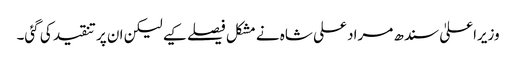
وزیراعلیٰ سندھ مراد علی شاہ نے مشکل فیصلے کیے لیکن ان پر تنقید کی گئی۔